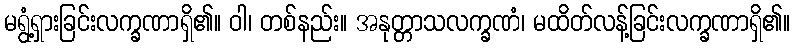
မရွံ့ရှားခြင်းလက္ခဏာရှိ၏။ ဝါ၊ တစ်နည်း။ အနုတ္တာသလက္ခဏံ၊ မထိတ်လန့်ခြင်းလက္ခဏာရှိ၏။